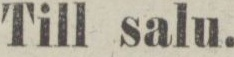
Till salu.